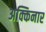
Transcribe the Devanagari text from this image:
अक्किनार